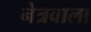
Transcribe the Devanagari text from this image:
नेत्रवाला